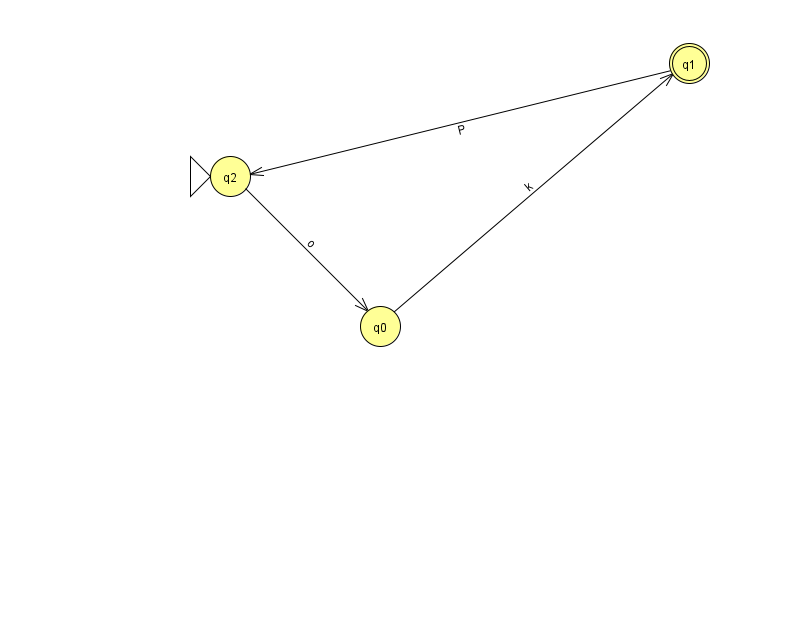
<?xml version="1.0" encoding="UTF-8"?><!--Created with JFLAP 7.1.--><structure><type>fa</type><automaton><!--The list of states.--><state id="0" name="q0"><x>380.0</x><y>313.0</y></state><state id="1" name="q1"><x>689.0</x><y>50.0</y><final/></state><state id="2" name="q2"><x>230.0</x><y>163.0</y><initial/></state><!--The list of transitions.--><transition><from>0</from><to>1</to><read>k</read></transition><transition><from>1</from><to>2</to><read>P</read></transition><transition><from>2</from><to>0</to><read>o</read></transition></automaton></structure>